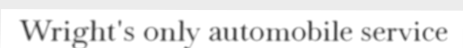
Wright's only automobile service